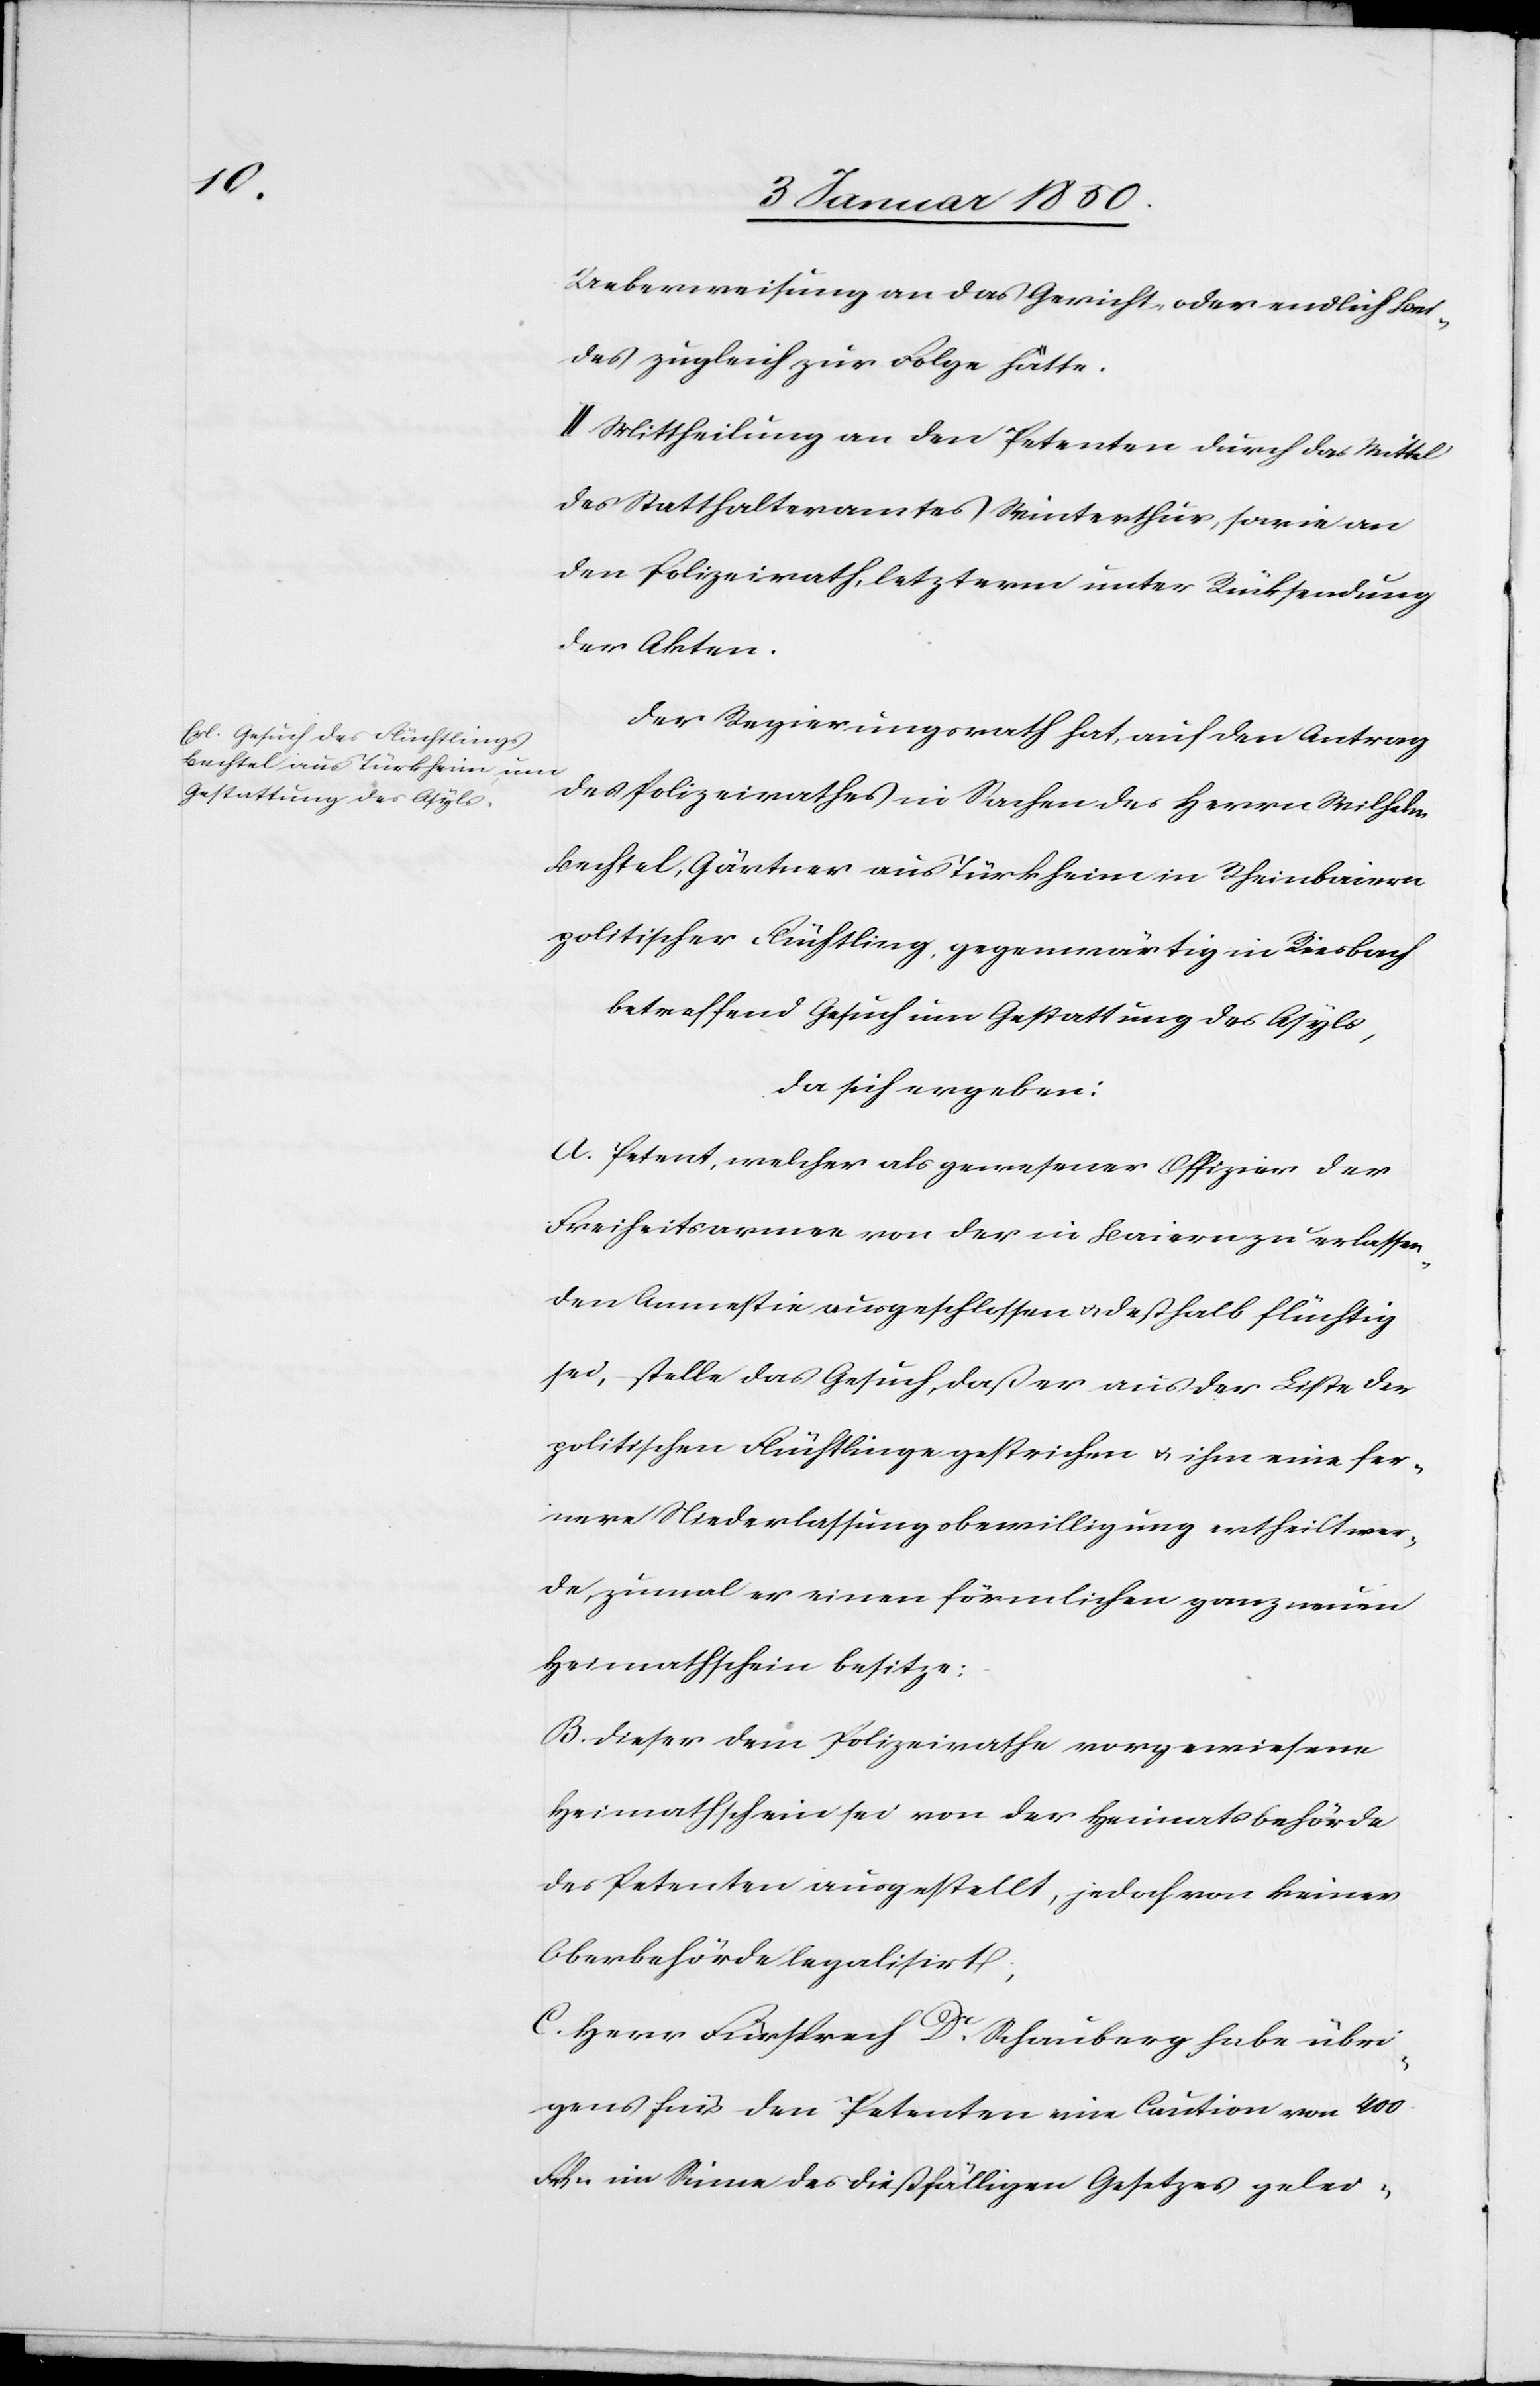
Ueberweisung an das Gericht, oder endlich Bei¬
des zugleich zur Folge hätte.
II Mittheilung an den Petenten durch das Mittel
des Statthalteramtes Winterthur, sowie an
den Polizeirath, letzterm unter Rücksendung
der Akten.
Der Regierungsrath hat, auf den Antrag
des Polizeirathes in Sachen des Herrn Wilhelm
Bechtel, Gärtner aus Türkheim in Rheinbaiern
politischer Flüchtling, gegenwärtig in Riesbach
betreffend Gesuch um Gestattung des Asyls,
da sich ergeben:
A. Petent, welcher als gewesener Offizier der
Freiheitsarmee von der in Baiern zu erlassen¬
den Amnestie ausgeschlossen u. deßhalb flüchtig
sei, stelle das Gesuch, daß er aus der Liste der
politischen Flüchtlinge gestrichen u. ihm eine fer¬
nere Niederlassungsbewilligung ertheilt wer¬
de, zumal er einen förmlichen ganz neuen
Heimathschein besitze:
B. Dieser dem Polizeirathe vorgewiesene
Heimathschein sei von der Heimatsbehörde
des Petenten ausgestellt, jedoch von keiner
Oberbehörde legalisirt;
C. Herr Fürsprech Dr Schauberg habe übri¬
gens für den Petenten eine Caution von 400
Frkn im Sinne des dießfälligen Gesetzes gelei-